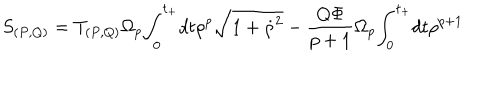
LaTeX: S _ { ( P , Q ) } = T _ { ( P , Q ) } { \Omega } _ { p } { \int } _ { 0 } ^ { t _ { + } } d t { \rho } ^ { p } \sqrt { 1 + { \dot { \rho } } ^ { 2 } } - \frac { Q { \Phi } } { p + 1 } { \Omega } _ { p } { \int } _ { 0 } ^ { t _ { + } } d t { \rho } ^ { p + 1 }